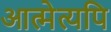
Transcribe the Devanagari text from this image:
आत्मेत्यपि